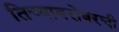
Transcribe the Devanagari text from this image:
तिच्याबरोबरची